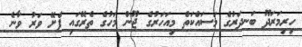
ހިރިމަރަދޫ ބަނދަރުގެ މަސައްކަތް މިއަހަރުގެ ޖޫން މަހުގެ ތެރޭގައި ފެށޭ ވަރު ވާނެ